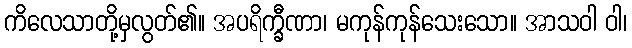
ကိလေသာတို့မှလွတ်၏။ အပရိက္ခီဏာ၊ မကုန်ကုန်သေးသော။ အာသဝါ ဝါ၊